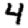
Digit: 4